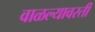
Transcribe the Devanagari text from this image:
वाळल्यावरती